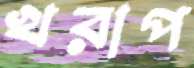
খরাপ